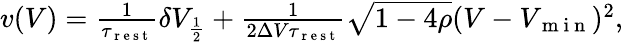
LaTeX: \begin{array}{r}{v(V)=\frac{1}{\tau_{\mathrm{~r~e~s~t~}}}\delta V_{\frac{1}{2}}+\frac{1}{2\Delta V\tau_{\mathrm{~r~e~s~t~}}}\sqrt{1-4\rho}(V-V_{\mathrm{~m~i~n~}})^{2},}\end{array}